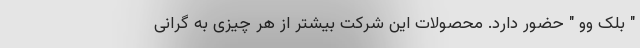
" بلک وو " حضور دارد. محصولات این شرکت بیشتر از هر چیزی به گرانی